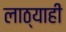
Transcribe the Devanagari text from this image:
लाठ्याही